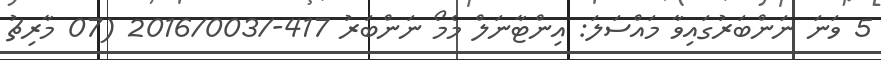
5 ވަނަ ނަންބަރުގައިވާ މައްސަލަ: އިންޓާނަލް މެމޯ ނަންބަރު 417-/2016/003 (07 މާރިޗު